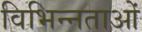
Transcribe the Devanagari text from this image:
विभिन्‍नताओं